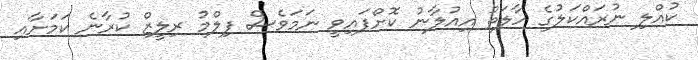
ކުއްލި ނުރައްކަލުގެ ހާލަތު އިއުލާނު ކޮށްފައިވީ ނަމަވެސް ފިލްމު ރިލީޒް ކުރާނެ ކަމަށާއި